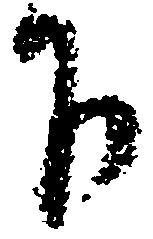
下